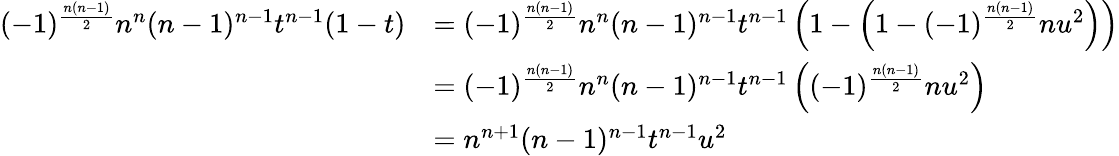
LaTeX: {\begin{array}{rl}{(-1)^{\frac{n(n-1)}{2}}n^{n}(n-1)^{n-1}t^{n-1}(1-t)}&{=(-1)^{\frac{n(n-1)}{2}}n^{n}(n-1)^{n-1}t^{n-1}\left(1-\left(1-(-1)^{\frac{n(n-1)}{2}}nu^{2}\right)\right)}\\ &{=(-1)^{\frac{n(n-1)}{2}}n^{n}(n-1)^{n-1}t^{n-1}\left((-1)^{\frac{n(n-1)}{2}}nu^{2}\right)}\\ &{=n^{n+1}(n-1)^{n-1}t^{n-1}u^{2}}\end{array}}